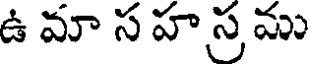
ఉ మా స హ స్ర ము